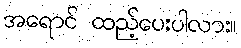
အရောင် ထည့်ပေးပါလား။